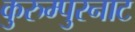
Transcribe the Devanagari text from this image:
कुरुम्पुरनाट